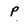
Character: P